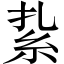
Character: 紥